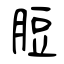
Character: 脰